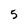
Character: 5